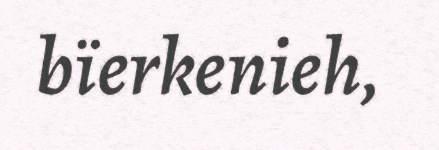
bïerkenieh,